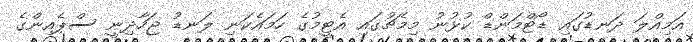
އަމިއްލަ ދަނޑުގައި ޑޯޓްމަންޑް ކުޅުނު މިމެޗުގައި އެޓީމުގެ ހަމައެކަނި ލަނޑު ޖަހާދިނީ ސްޕެއިންގެ